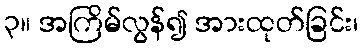
၃။ အကြိမ်လွန်၍ အားထုတ်ခြင်း၊